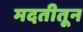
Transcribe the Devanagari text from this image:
मदतीतून